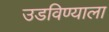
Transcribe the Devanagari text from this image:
उडविण्याला